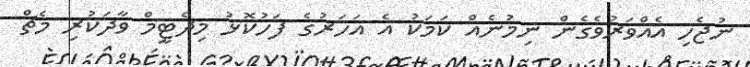
ނުޖެހި އެއްވަރުވެގެން ނިމުނެއް ކަމަކު އެ އަހަރުގެ ފަހުކޮޅު މިދެޓީމް ވާދަކުރި މެޗް